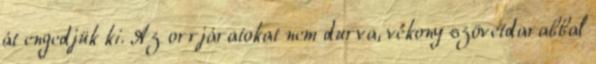
át engedjük ki. Az orrjáratokat nem durva, vékony szövetdarabbal